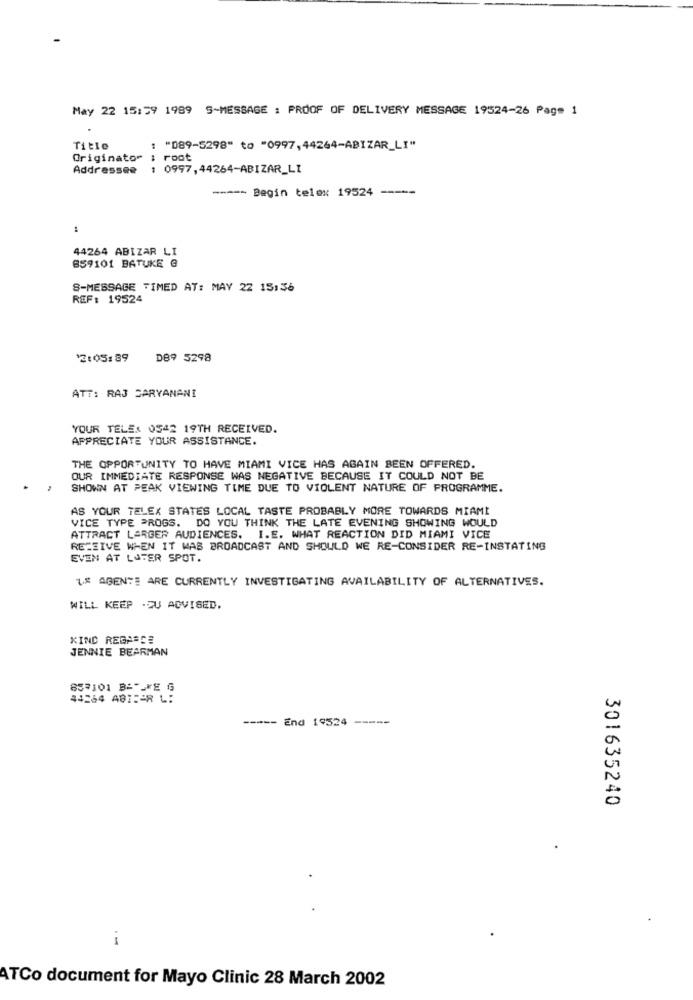
May 22 15:59 1989 S-MESSAGE : PROOF OF DELIVERY MESSAGE 19524-26 Page 1
Title
: "089-5298" to "0997,44264-ABIZAR_LI"
Originator
root
Addressee : 0997,44264-ABIZAR_LI
----- Begin telex 19524
---
44264 ABIZAR LI
859101 BATUKE @
S-MESSAGE TIMED AT: MAY 22 15:56
REF: 19524
12:05:89
DB9 5298
ATT: RAJ CARYANANI
YOUR TELE. 0542 19TH RECEIVED.
APPRECIATE YOUR ASSISTANCE.
THE OPPORTUNITY TO HAVE MIAMI VICE HAS AGAIN BEEN OFFERED.
OUR IMMEDIATE RESPONSE WAS NEGATIVE BECAUSE IT COULD NOT BE
SHOWN AT PEAK VIEWING TIME DUE TO VIOLENT NATURE OF PROGRAMME.
AS YOUR TELEX STATES LOCAL TASTE PROBABLY MORE TOWARDS MIAMI
VICE TYPE PROGS. DO YOU THINK THE LATE EVENING SHOWING WOULD
ATTRACT LARGER AUDIENCES. I.E. WHAT REACTION DID MIAMI VICE
RECEIVE WHEN IT WAS BROADCAST AND SHOULD WE RE-CONSIDER RE-INSTATING
EVEN AT LUTER SPOT.
1.º AGENT: ARE CURRENTLY INVESTIGATING AVAILABILITY OF ALTERNATIVES.
WILL KEEP .CU ADVISED.
KIND REGARDS
JENNIE BEARMAN
853101 BALKE G
44264 ABIF-R L:
----- End 19524 -----
301635240
ATCo document for Mayo Clinic 28 March 2002